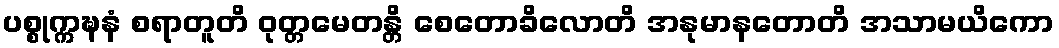
ပစ္စုက္ကဍ္ဎနံ စရာတူတိ ဝုတ္တမေတန္တိ စေတောခိလောတိ အနုမာနတောတိ အသာမယိကော